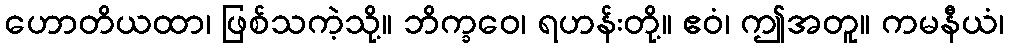
ဟောတိယထာ၊ ဖြစ်သကဲ့သို့။ ဘိက္ခဝေ၊ ရဟန်းတို့။ ဧဝံ၊ ဤအတူ။ ကမနီယံ၊